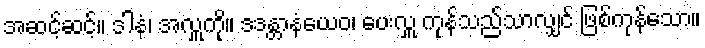
အဆင့်ဆင့်။ ဒါနံ၊ အလှူကို။ ဒဒန္တာနံယေဝ၊ ပေးလှူ ကုန်သည်သာလျှင် ဖြစ်ကုန်သော။